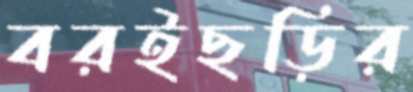
বরইছড়ির